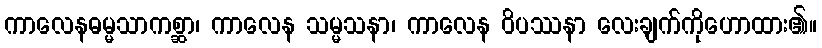
ကာလေနဓမ္မသာကစ္ဆာ၊ ကာလေန သမ္မသနာ၊ ကာလေန ဝိပဿနာ လေးချက်ကိုဟောထား၏။